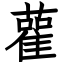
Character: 雚